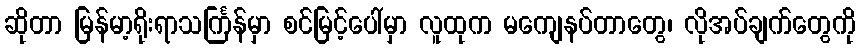
ဆိုတာ မြန်မာ့ရိုးရာသင်္ကြန်မှာ စင်မြင့်ပေါ်မှာ လူထုက မကျေနပ်တာတွေ၊ လိုအပ်ချက်တွေကို